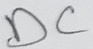
Text: DC